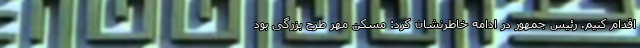
اقدام کنیم. رئیس جمهور در ادامه خاطرنشان کرد: مسکن مهر طرح بزرگی بود